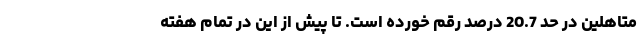
متاهلین در حد 20.7 درصد رقم خورده است. تا پیش از این در تمام هفته